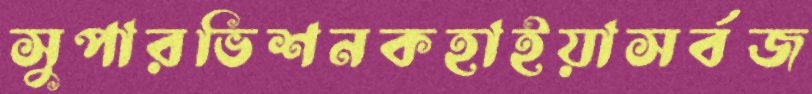
সুপারভিশনকহাইয়াসর্বজ